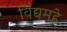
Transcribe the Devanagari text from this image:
विद्यमहे